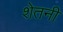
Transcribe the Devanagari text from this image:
शेतनी